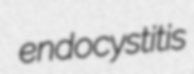
endocystitis